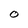
Character: O